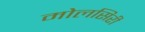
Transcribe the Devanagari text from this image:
मोलसिरी